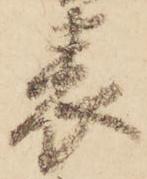
表